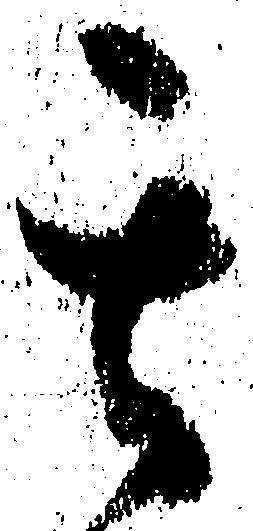
其